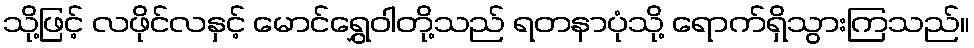
သို့ဖြင့် လဖိုင်လနှင့် မောင်ရွှေဝါတို့သည် ရတနာပုံသို့ ရောက်ရှိသွားကြသည်။